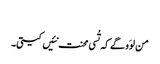
‏
من لوَو گے کہ تُسی محنت نئیں کیتی۔